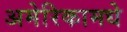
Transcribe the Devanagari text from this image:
अमेरिकामधे